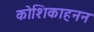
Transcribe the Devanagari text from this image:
कोशिकाहनन